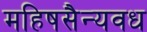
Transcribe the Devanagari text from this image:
महिषसैन्यवध